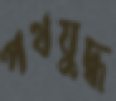
পথযুদ্ধ